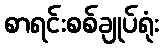
စာရင်းစစ်ချုပ်ရုံး